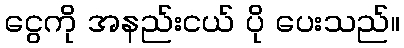
ငွေကို အနည်းငယ် ပို ပေးသည်။